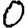
Digit: 0